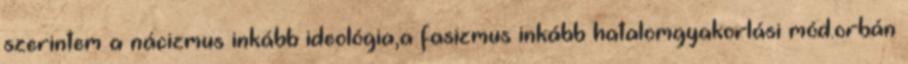
szerintem a nácizmus inkább ideológia,a fasizmus inkább hatalomgyakorlási mód.orbán